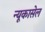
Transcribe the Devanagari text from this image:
न्यूकासेल